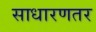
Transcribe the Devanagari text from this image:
साधारणतर